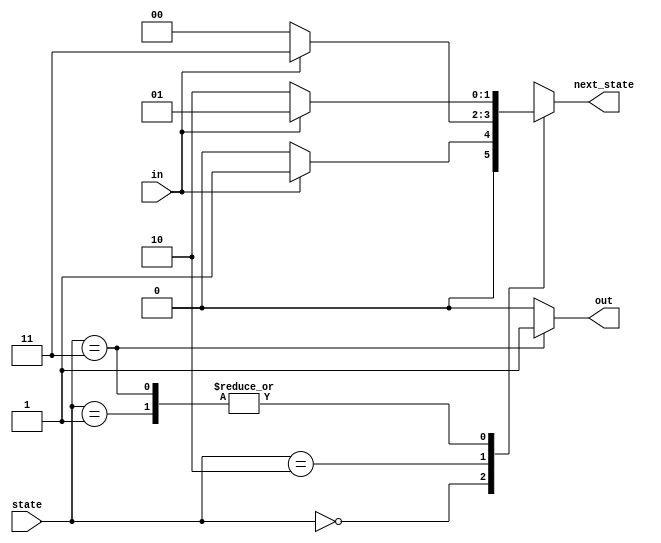
module top_module(
    input in,
    input [1:0] state,
    output [1:0] next_state,
    output out); //
    reg [1:0] next_state1;
    assign next_state = next_state1;
    parameter A=0, B=1, C=2, D=3;
    always @(*) begin
        case(state)
        A:begin
            if (in==1'b0) begin
                next_state1=A;
            end
            else begin
                next_state1=B;
            end
        end
        B:begin
            if (in==1'b0) begin
                next_state1=C;
            end
            else begin
                next_state1=B;
            end
        end
        C:begin
            if (in==1'b0) begin
                next_state1=A;
            end
            else begin
                next_state1=D;
            end
        end
        D:begin
            if (in==1'b0) begin
                next_state1=C;
            end
            else begin
                next_state1=B;
            end
        end
        endcase
    end
    assign out = (state==D)?1'b1:1'b0;
    // State transition logic: next_state = f(state, in)

    // Output logic:  out = f(state) for a Moore state machine

endmodule